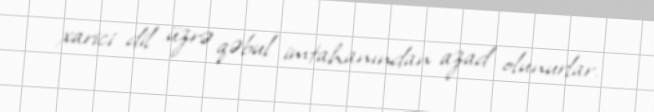
xarici dil üzrə qəbul imtahanından azad olunurlar.